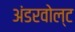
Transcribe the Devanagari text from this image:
अंडरवोल्ट